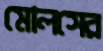
মোলসের